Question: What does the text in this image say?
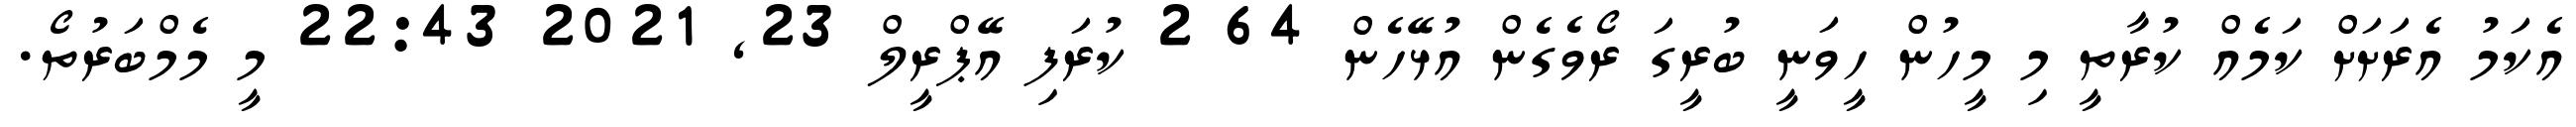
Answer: އެކަމު އެރަށަށް ކަމެއް ކުރާތީ މި މީހުން ހީވަނީ ބުރީގަ ރޯވެގެން އުޅޭހެން 64 2 ކުރަފި އޭޕްރީލް 23, 2021 22:43 މީ މެމްބަރުތޯ.